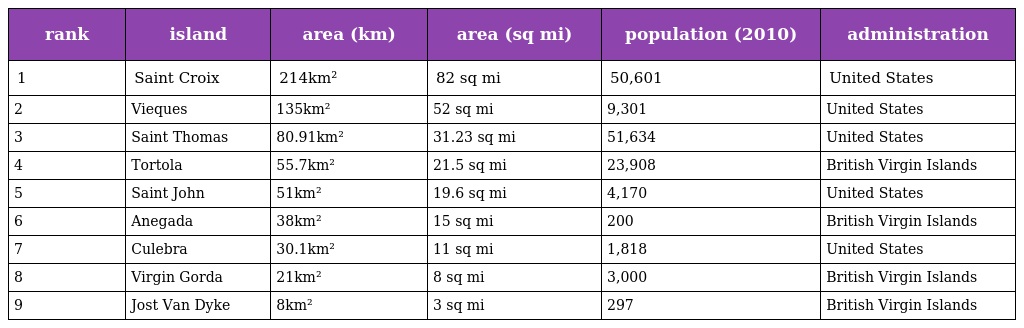
| rank | island | area (km) | area (sq mi) | population (2010) | administration |
 | --- | --- | --- | --- | --- | --- |
 | 1 | Saint Croix | 214km² | 82 sq mi | 50,601 | United States |
 | 2 | Vieques | 135km² | 52 sq mi | 9,301 | United States |
 | 3 | Saint Thomas | 80.91km² | 31.23 sq mi | 51,634 | United States |
 | 4 | Tortola | 55.7km² | 21.5 sq mi | 23,908 | British Virgin Islands |
 | 5 | Saint John | 51km² | 19.6 sq mi | 4,170 | United States |
 | 6 | Anegada | 38km² | 15 sq mi | 200 | British Virgin Islands |
 | 7 | Culebra | 30.1km² | 11 sq mi | 1,818 | United States |
 | 8 | Virgin Gorda | 21km² | 8 sq mi | 3,000 | British Virgin Islands |
 | 9 | Jost Van Dyke | 8km² | 3 sq mi | 297 | British Virgin Islands |